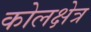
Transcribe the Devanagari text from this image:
कोलक्षेत्र